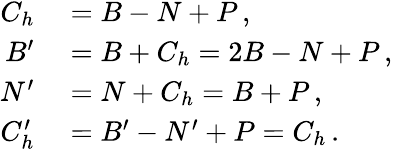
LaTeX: \begin{array}{rl}{C_{h}}&{{}=B-N+P\, ,}\\ {B^{\prime}}&{{}=B+C_{h}=2B-N+P\, ,}\\ {N^{\prime}}&{{}=N+C_{h}=B+P\, ,}\\ {C_{h}^{\prime}}&{{}=B^{\prime}-N^{\prime}+P=C_{h}\, .}\end{array}